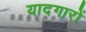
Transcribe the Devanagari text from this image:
यादगारों